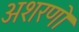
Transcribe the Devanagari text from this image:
अशरणो